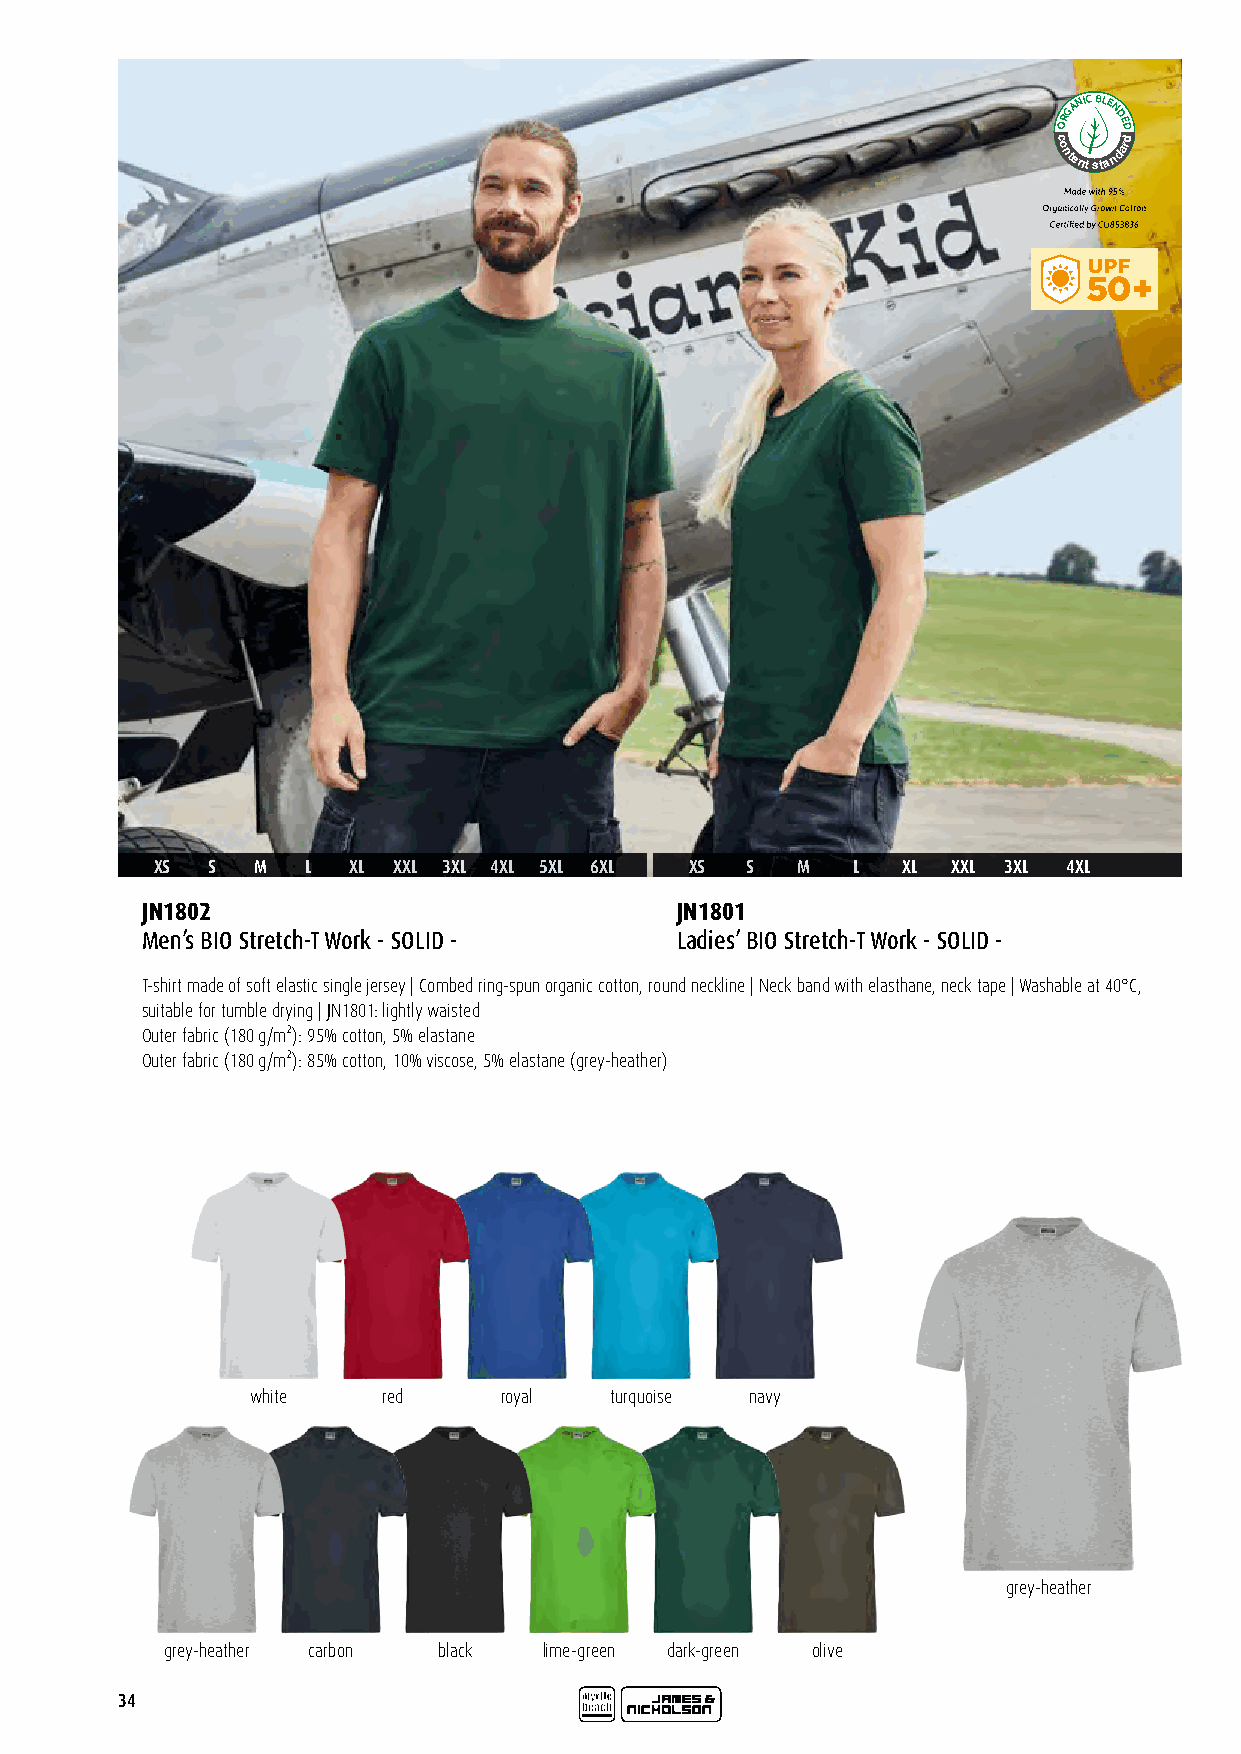
GANICBLEN
 OR  DED
 c
 o
 ntentstandard
 ID120866
 XS  S  M  L  XL XXL 3XL 4XL 5XL 6XL XS S   M  L   XL XXL 3XL 4XL
 JN1802                              JN1801
 Men’s BIO Stretch-T Work - SOLID -  Ladies’ BIO Stretch-T Work - SOLID -
 T-shirt made of soft elastic single jersey | Combed ring-spun organic cotton, round neckline | Neck band with elasthane, neck tape | Washable at 40°C,
 suitable for tumble drying | JN1801: lightly waisted
 Outer fabric (180 g/m²): 95% cotton, 5% elastane
 Outer fabric (180 g/m²): 85% cotton, 10% viscose, 5% elastane (grey-heather)
 white   red     royal  turquoise navy
 grey-heather
 grey-heather carbon black lime-green dark-green olive
 34